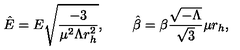
{ \hat { E } } = E { \sqrt { \frac { - 3 } { \mu ^ { 2 } \Lambda r _ { h } ^ { 2 } } } } , \qquad { \hat { \beta } } = \beta \frac { { \sqrt { - \Lambda } } } { { \sqrt { 3 } } } \mu r _ { h } ,